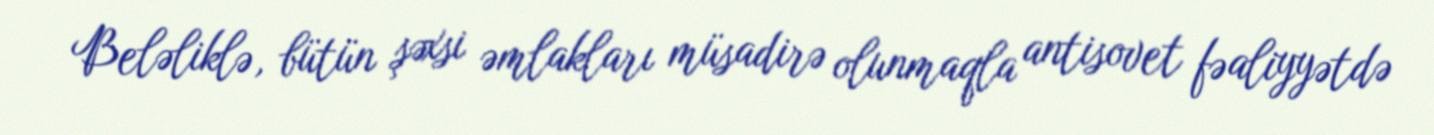
Beləliklə, bütün şəxsi əmlakları müsadirə olunmaqla antisovet fəaliyyətdə